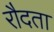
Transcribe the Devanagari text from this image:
रौदता